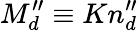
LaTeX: M_{d}^{\prime\prime}\equiv Kn_{d}^{\prime\prime}